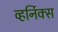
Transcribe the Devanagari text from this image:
व्हर्निक्स